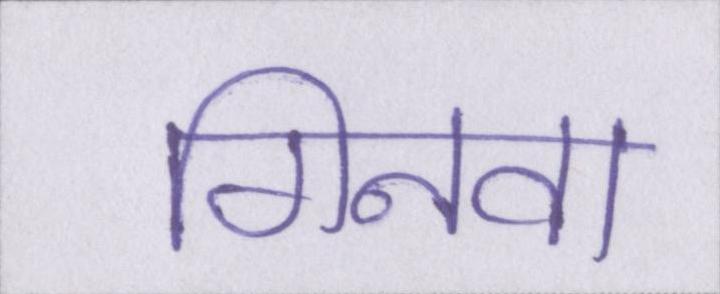
गिनवा